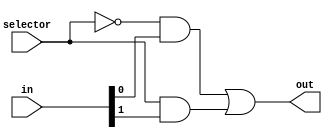
/////////////2-to-1 Multiplexer
`timescale 10ns / 10ps
module MUX(in,selector,out);
input wire [1:0]in;
input wire selector;
output wire out;

assign out = ~selector&in[0] | selector&in[1];
endmodule